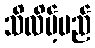
သိလိမ့်မည်